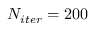
N _ { i t e r } = 2 0 0